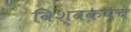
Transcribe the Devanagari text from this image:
विश्वकपचे